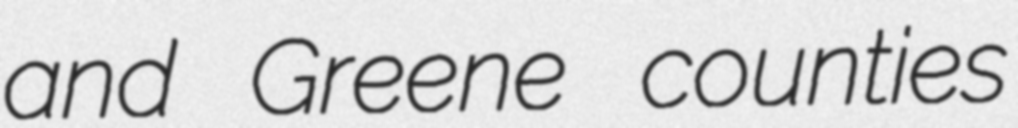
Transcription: and Greene counties